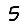
Digit: 5